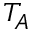
T _ { A }